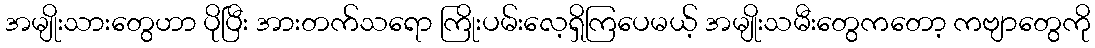
အမျိုးသားတွေဟာ ပိုပြီး အားတက်သရော ကြိုးပမ်းလေ့ရှိကြပေမယ့် အမျိုးသမီးတွေကတော့ ကဗျာတွေကို